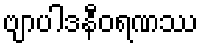
ဗျာပါဒနီဝရဏဿ